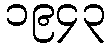
၁၉၄၃